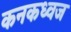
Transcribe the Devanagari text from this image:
कनकध्वज